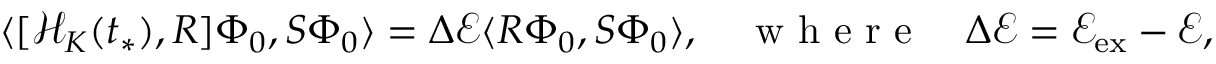
\langle [ \mathcal { H } _ { K } ( t _ { * } ) , R ] \Phi _ { 0 } , S \Phi _ { 0 } \rangle = \Delta \mathcal { E } \langle R \Phi _ { 0 } , S \Phi _ { 0 } \rangle , \quad \mathrm { ~ w ~ h ~ e ~ r ~ e ~ } \quad \Delta \mathcal { E } = \mathcal { E } _ { \mathrm { e x } } - \mathcal { E } ,